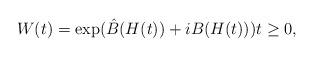
LaTeX: \begin{align*}W(t)=\exp (\hat{B}(H(t))+iB(H(t))) t\ge0, \end{align*}